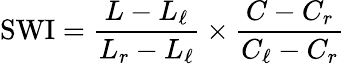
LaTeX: {\mathrm{SWI}}={\frac{L-L_{\ell}}{L_{r}-L_{\ell}}}\times{\frac{C-C_{r}}{C_{\ell}-C_{r}}}